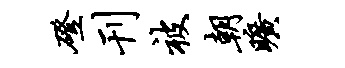
磴刊被朝旷